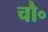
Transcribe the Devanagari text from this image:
चौ॰